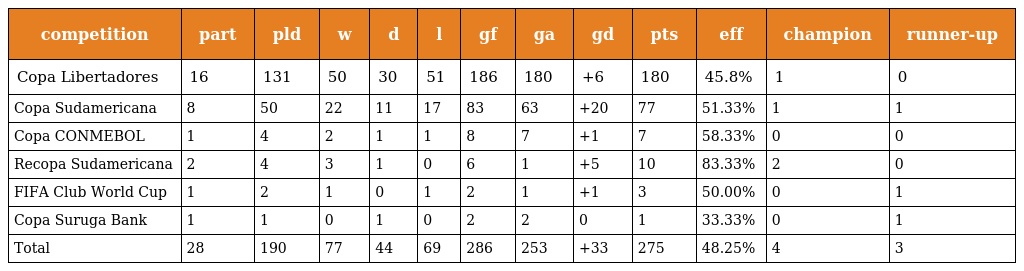
| competition | part | pld | w | d | l | gf | ga | gd | pts | eff | champion | runner-up |
 | --- | --- | --- | --- | --- | --- | --- | --- | --- | --- | --- | --- | --- |
 | Copa Libertadores | 16 | 131 | 50 | 30 | 51 | 186 | 180 | +6 | 180 | 45.8% | 1 | 0 |
 | Copa Sudamericana | 8 | 50 | 22 | 11 | 17 | 83 | 63 | +20 | 77 | 51.33% | 1 | 1 |
 | Copa CONMEBOL | 1 | 4 | 2 | 1 | 1 | 8 | 7 | +1 | 7 | 58.33% | 0 | 0 |
 | Recopa Sudamericana | 2 | 4 | 3 | 1 | 0 | 6 | 1 | +5 | 10 | 83.33% | 2 | 0 |
 | FIFA Club World Cup | 1 | 2 | 1 | 0 | 1 | 2 | 1 | +1 | 3 | 50.00% | 0 | 1 |
 | Copa Suruga Bank | 1 | 1 | 0 | 1 | 0 | 2 | 2 | 0 | 1 | 33.33% | 0 | 1 |
 | Total | 28 | 190 | 77 | 44 | 69 | 286 | 253 | +33 | 275 | 48.25% | 4 | 3 |